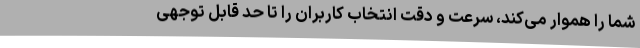
شما را هموار می­کند، سرعت و دقت انتخاب کاربران را تا حد قابل توجهی